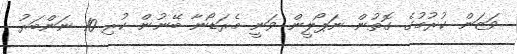
ވަޒަން ކުރުމުގެ ގޮތުން ނަޕޯލީން ވަނީ މެރަޑޯނާ ބޭނުން ކުރި 10 ނަންބަރު